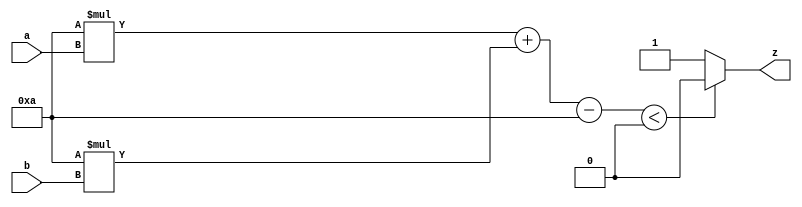
//

`timescale 1ns/10ps

module OR (
    a,
    b,
    z
);
// input: a, b
// output: z

input a;
input b;
output z;
reg z;

always @(a, b) begin: OR_OR_BEHAVE
    integer activation;
    activation = (((10 * a) + (10 * b)) - 10);
    if ((activation < 0)) begin
        z = 0;
    end
    else begin
        z = 1;
    end
end

endmodule


module NAND (
    a,
    b,
    z
);
// input: a, b
// output z

input a;
input b;
output z;
reg z;

always @(a, b) begin: NAND_NAND_BEHAVE
    integer activation;
    activation = ((((-10) * $signed({1'b0, a})) + ((-10) * $signed({1'b0, b}))) + 10);
    if ((activation < 0)) begin
        z = 0;
    end
    else begin
        z = 1;
    end
end

endmodule


module XOR (
    a,
    b,
    z
);
// input: a, b
// output: z

input a;
input b;
output z;
reg z;
wire f0, f1;

NAND nand_gate(.a(a), .b(b), .z(f0));
OR or_gate(.a(a), .b(b), .z(f1));

always @(f0, f1) begin: XOR_XOR_BEHAVE
    integer activation;
    activation = (((10 * $signed({1'b0, f0})) + (10 * $signed({1'b0, f1}))) - 15);
    if ((activation < 0)) begin
        z = 0;
    end
    else begin
        z = 1;
    end
end

endmodule